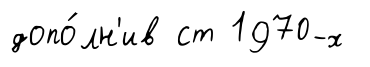
допо́лн'ив ст 1970-х